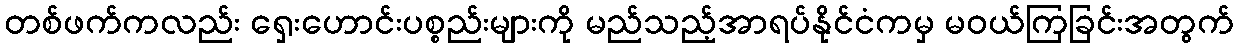
တစ်ဖက်ကလည်း ရှေးဟောင်းပစ္စည်းများကို မည်သည့်အာရပ်နိုင်ငံကမှ မဝယ်ကြခြင်းအတွက်